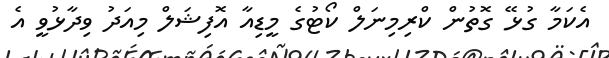
އެކަމާ ގުޅޭ ގޮތުން ކްރިމިނަލް ކޯޓުގެ މީޑިއާ އޮފިޝަލް މިއަދު ވިދާޅުވީ އެ